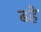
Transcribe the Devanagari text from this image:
ढहे